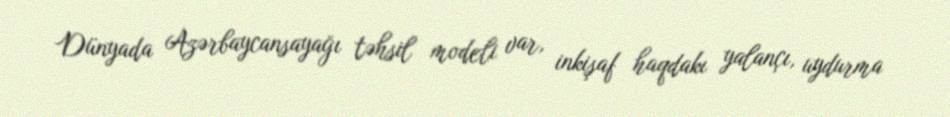
Dünyada Azərbaycansayağı təhsil modeli var, inkişaf haqdakı yalançı, uydurma